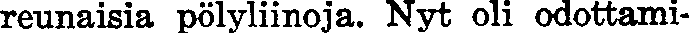
reunaisia pölyliinoja. Nyt oli odottami-